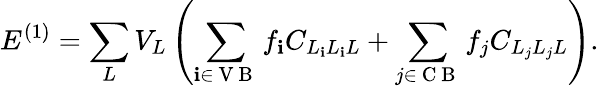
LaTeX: E^{(1)}=\sum_{L}V_{L}\left(\sum_{\mathbf{i}\in\mathrm{{~V~B~}}}f_{\mathbf{i}}C_{L_{\mathbf{i}}L_{\mathbf{i}}L}+\sum_{j\in\mathrm{{~C~B~}}}f_{j}C_{L_{j}L_{j}L}\right).